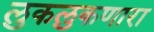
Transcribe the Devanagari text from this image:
लुकलुकणारा